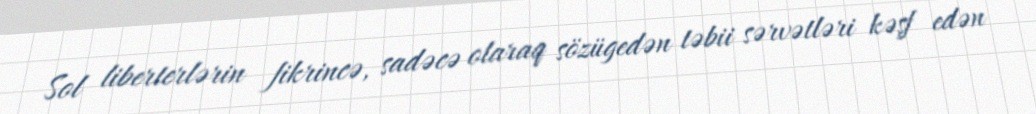
Sol liberterlərin fikrincə, sadəcə olaraq sözügedən təbii sərvətləri kəşf edən